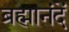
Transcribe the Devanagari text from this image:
ब्रह्मानंदें